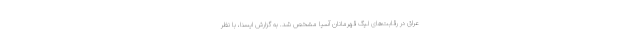
عراق در رقابت‌های لیگ قهرمانان آسیا مشخص شد. به گزارش ایسنا، با نظر